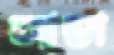
আন্ডা